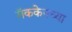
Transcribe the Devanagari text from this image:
मॅककेनच्या